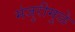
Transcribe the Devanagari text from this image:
मंजुरीमुळे